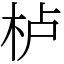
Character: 栌